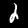
Digit: 2